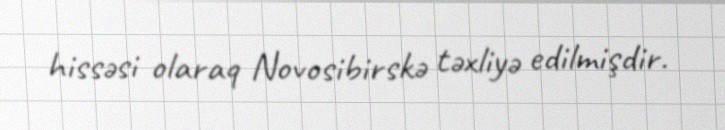
hissəsi olaraq Novosibirskə təxliyə edilmişdir.